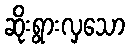
ဆိုးရွားလှသော